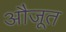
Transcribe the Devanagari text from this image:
औजूत